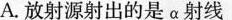
A.放射源射出的是α射线